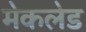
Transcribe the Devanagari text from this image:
मेकलेड